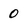
Character: 0